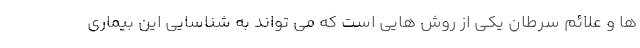
ها و علائم سرطان یکی از روش هایی است که می تواند به شناسایی این بیماری